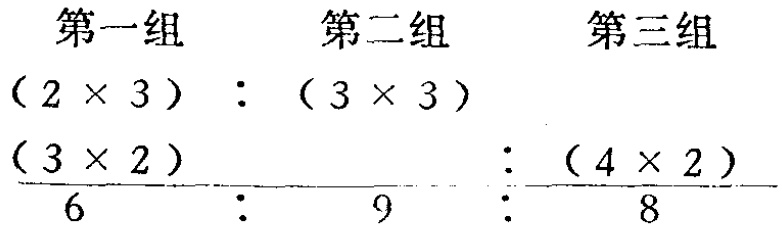
第一组 \((2\times 3):(3\times 3)\)

第二组 \(\frac{(3\times 2)}{6}:\frac{9}{}:\frac{(4\times 2)}{8}\) 第三组  （第二组中间分母部分显示不全）